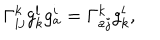
\Gamma _ { i j } ^ { k } g _ { k } ^ { l } g _ { a } ^ { i } = \Gamma _ { a j } ^ { k } g _ { k } ^ { l } ,